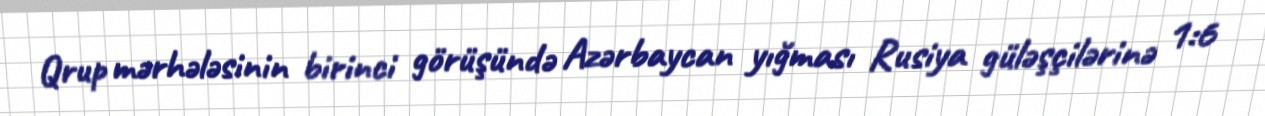
Qrup mərhələsinin birinci görüşündə Azərbaycan yığması Rusiya güləşçilərinə 1:6